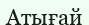
Атығай